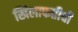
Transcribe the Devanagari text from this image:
खिलाफतीची